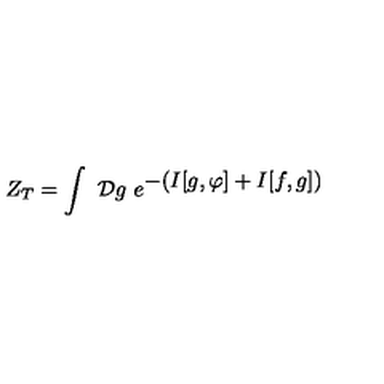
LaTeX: Z _ { T } = \int \ { \cal D } g \ e ^ { \displaystyle { - ( I [ g , \varphi ] + I [ f , g ] ) } }